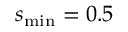
s _ { \mathrm { m i n } } = 0 . 5